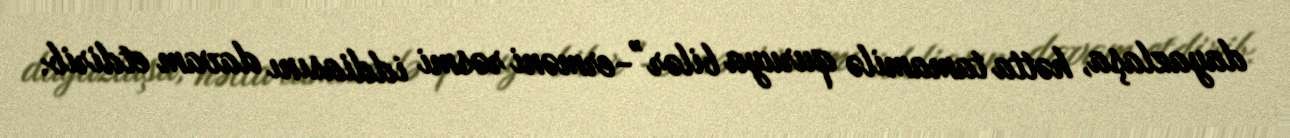
dayazlaşa, hətta tamamilə quruya bilər”-erməni rəsmi iddiasını davam etdirib.